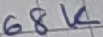
Text: 68K